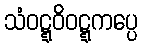
သံဝဋ္ဋဝိဝဋ္ဋကပ္ပေ